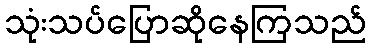
သုံးသပ်ပြောဆိုနေကြသည်